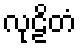
လုဠိတံ